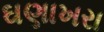
ઘણાખરા